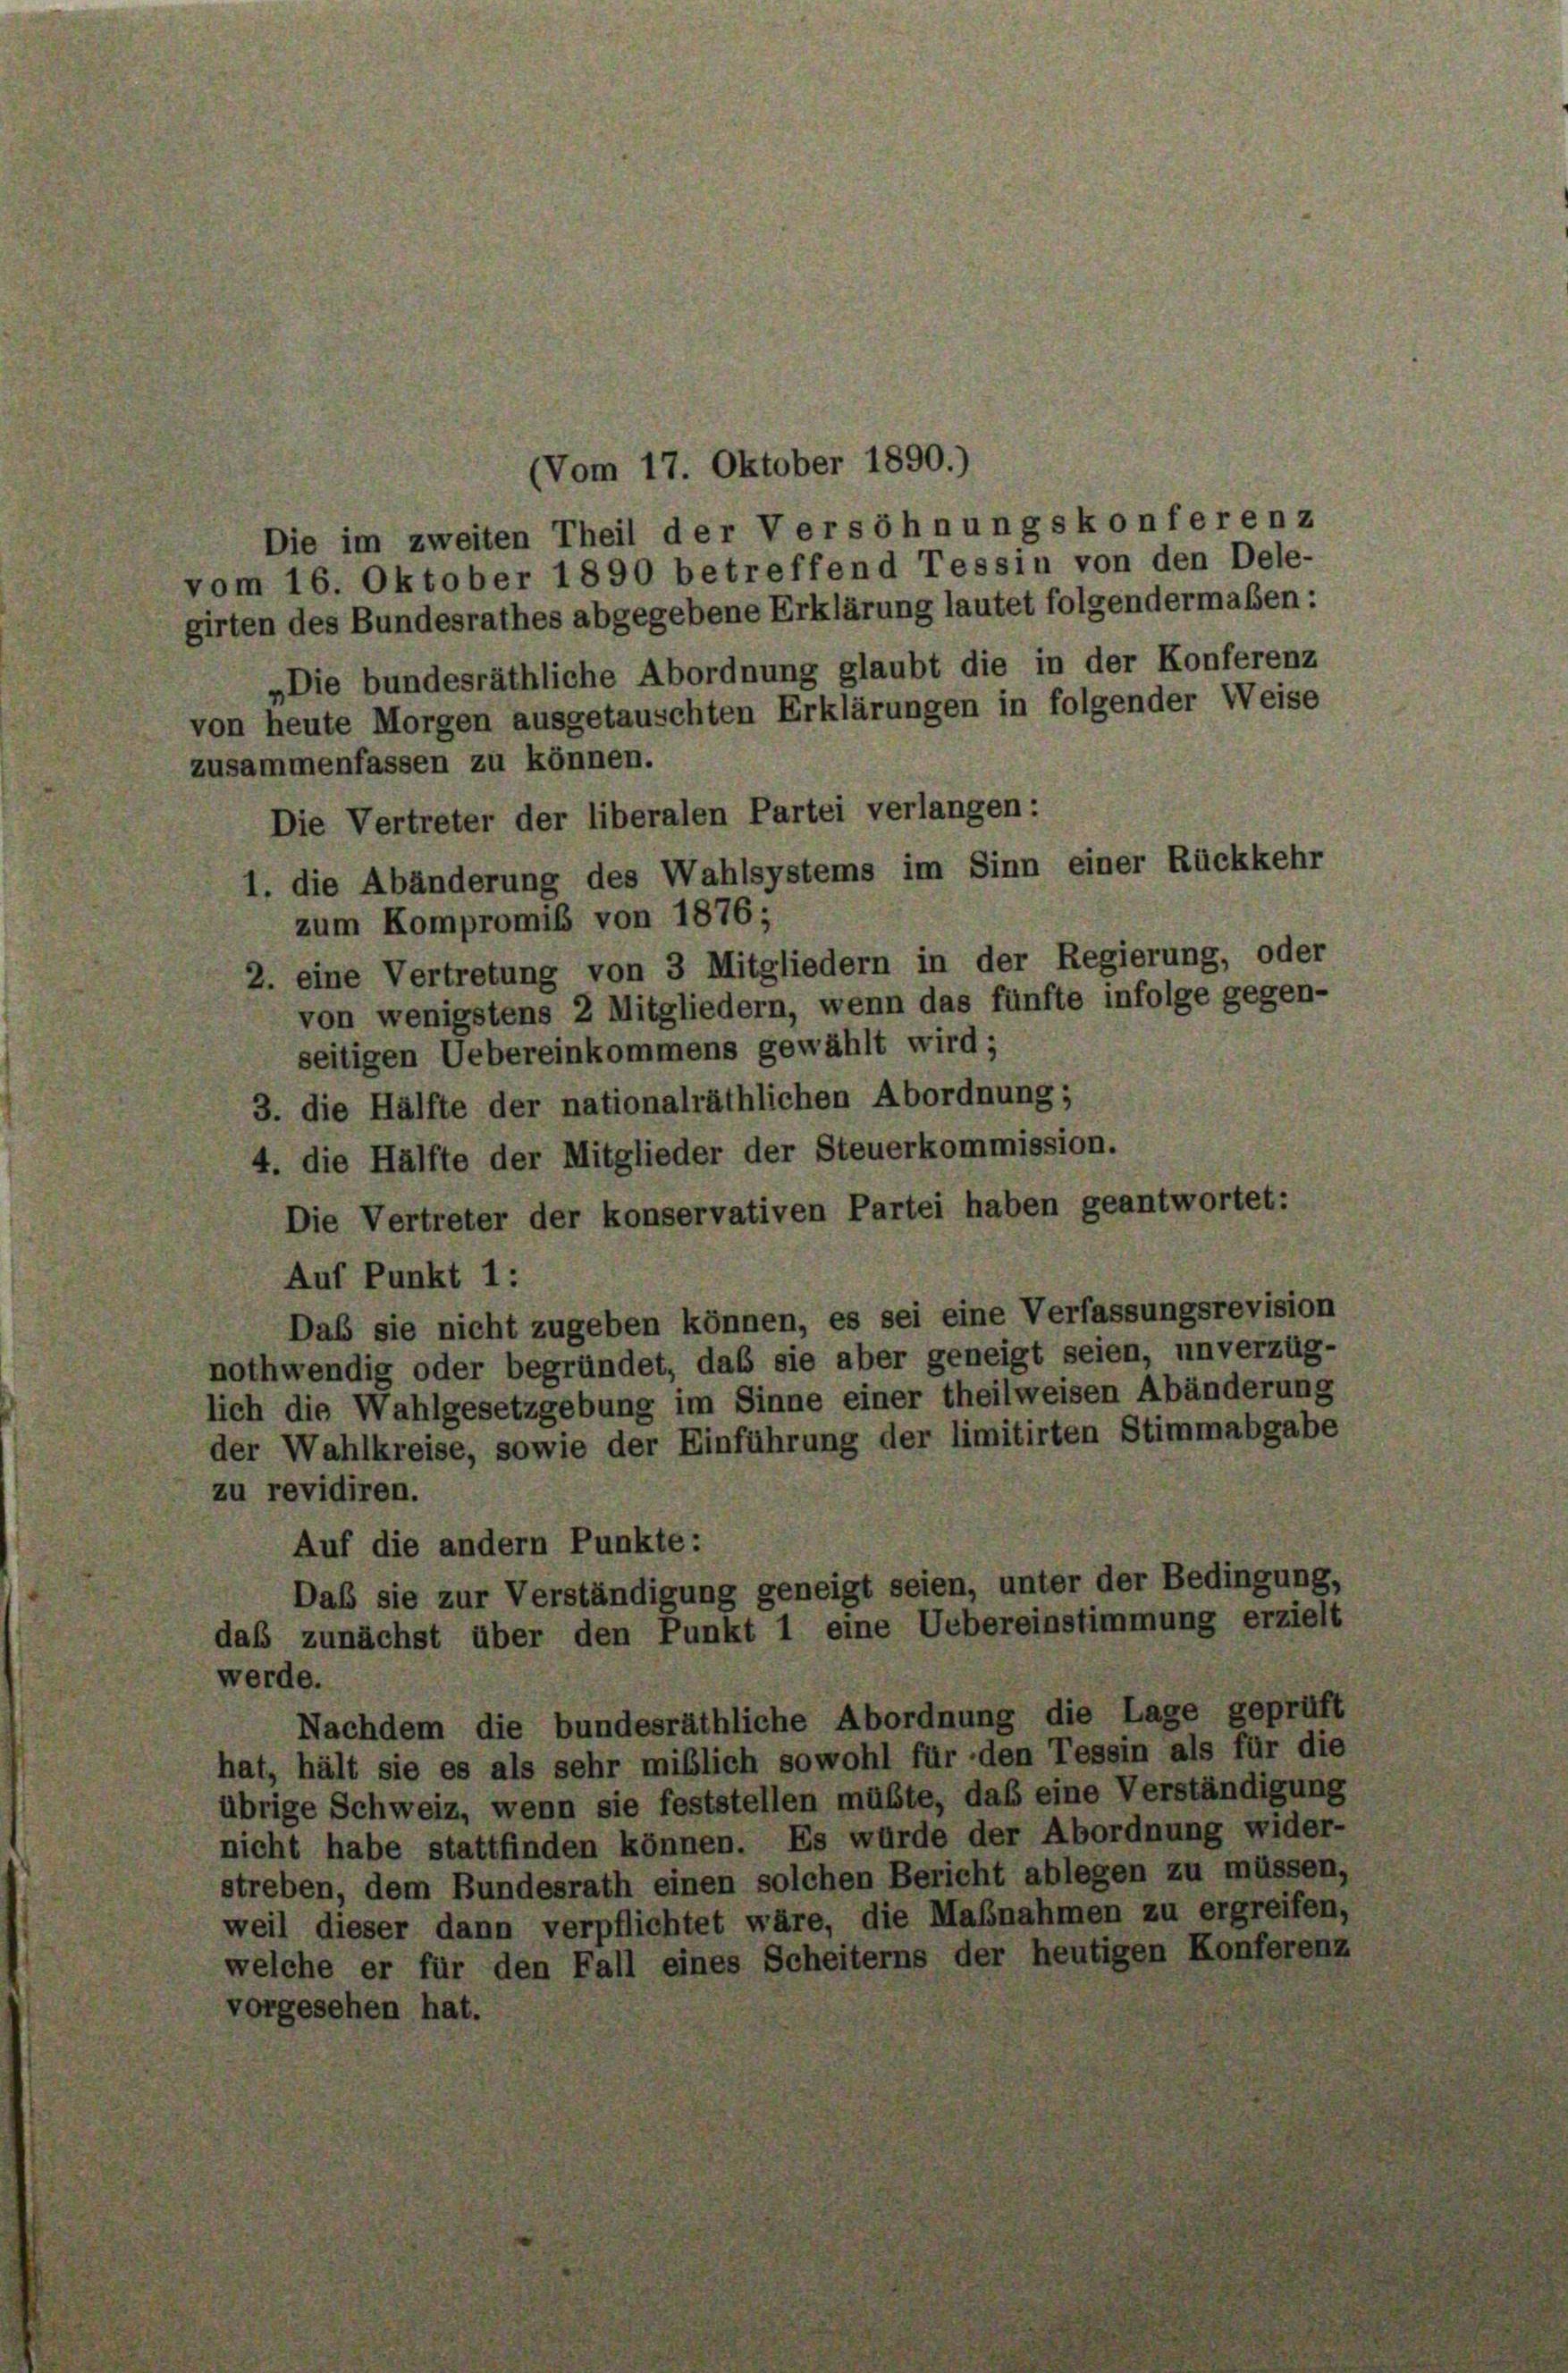
Die im zweiten Theil der Versöhnungskonferenz
vom 16. Oktober 1890 betreffend Tessin von den Dele-
girten des Bundesrathes abgegebene Erklärung lautet folgendermaßen:
„Die bundesräthliche Abordnung glaubt die in der Konferenz
von heute Morgen ausgetauschten Erklärungen in folgender Weise
zusammenfassen zu können.
Die Vertreter der liberalen Partei verlangen:
die Abänderung des Wahlsystems im Sinn einer Rückkehr
zum Kompromiß von 1876;
2. eine Vertretung von 3 Mitgliedern in der Regierung, oder
von wenigstens 2 Mitgliedern, wenn das fünfte infolge gegen-
seitigen Uebereinkommens gewählt wird;
3. die Hälfte der nationalräthlichen Abordnung;
4. die Hälfte der Mitglieder der Steuerkommission.
Die Vertreter der konservativen Partei haben geantwortet:
Auf Punkt 1:
Das sie nicht zugeben können, es sei eine Verfassungsrevision
nothwendig oder begründet, das sie aber geneigt seien, unverzüg-
lich die Wahlgesetzgebung im Sinne einer theilweisen Abänderung
der Wahlkreise, sowie der Einführung der limitirten Stimmabgabe
zu revidiren.
Auf die andern Punkte:
Das sie zur Verständigung geneigt seien, unter der Bedingung,
daß zunächst über den Punkt 1 eine Uebereinstimmung erzielt
werde.
Nachdem die bundesräthliche Abordnung die Lage geprüft
hat, hält sie es als sehr mißlich sowohl für den Tessin als für die
übrige Schweiz, wenn sie feststellen müßte, daß eine Verständigung
nicht habe stattfinden können. Es würde der Abordnung wider-
streben, dem Bundesrath einen solchen Bericht ablegen zu müssen,
weil dieser dann verpflichtet wäre, die Maßnahmen zu ergreifen,
welche er für den Fall eines Scheiterns der heutigen Konferenz
vorgesehen hat.

(Vom 17. Oktober 1890.)